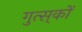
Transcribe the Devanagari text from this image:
गुत्स्‌कों